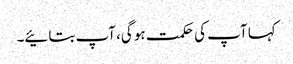
کہا آپ کی حکمت ہو گی، آپ بتائیے۔